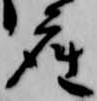
座